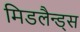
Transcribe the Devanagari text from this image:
मिडलैन्ड्स